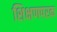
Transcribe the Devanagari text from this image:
शिक्षणपरक